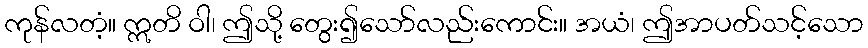
ကုန်လတံ့။ ဣတိ ဝါ၊ ဤသို့ တွေး၍သော်လည်းကောင်း။ အယံ၊ ဤအာပတ်သင့်သော